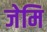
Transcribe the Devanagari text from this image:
जेमि